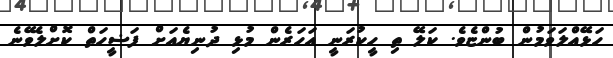
ހަޅޭއްލަވަމުން ބުންޏެވެ. ކަލޭ ތި ހީކުރަނީ އަހަރެން މުޅި ދުނިޔެއަށް ފަޟީހަތް ކޮށްލެވޭނެ